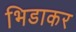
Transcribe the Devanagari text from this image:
भिडाकर